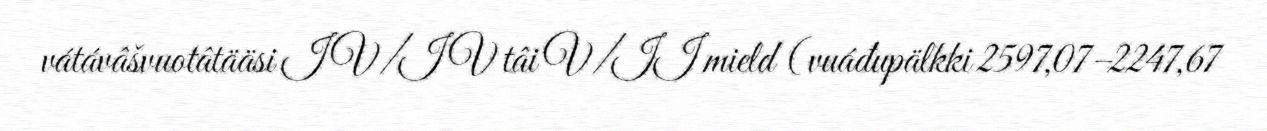
vátávâšvuotâtääsi IV/IV tâi V/II mield (vuáđupälkki 2597,07–2247,67